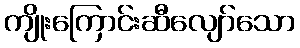
ကျိုးကြောင်းဆီလျော်သော